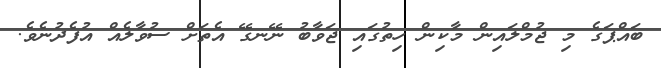
ބައްޕަގެ މި ޖުމްލައިން މާކިން ހިތުގައި ޖަވާބު ނޭނގޭ އެތަށް ސުވާލެއް އުފެދުނެވެ.